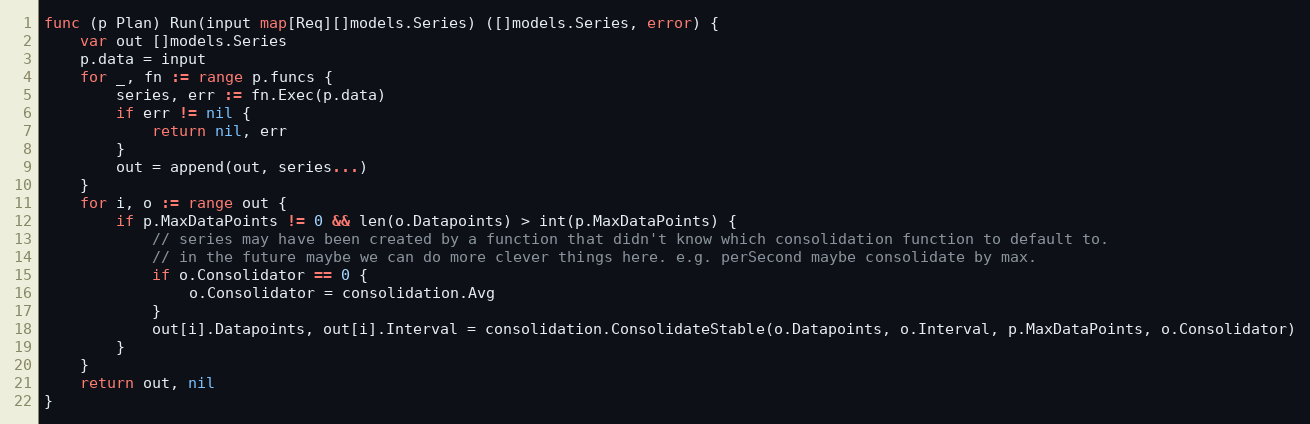
Language: Go
func (p Plan) Run(input map[Req][]models.Series) ([]models.Series, error) {
	var out []models.Series
	p.data = input
	for _, fn := range p.funcs {
		series, err := fn.Exec(p.data)
		if err != nil {
			return nil, err
		}
		out = append(out, series...)
	}
	for i, o := range out {
		if p.MaxDataPoints != 0 && len(o.Datapoints) > int(p.MaxDataPoints) {
			// series may have been created by a function that didn't know which consolidation function to default to.
			// in the future maybe we can do more clever things here. e.g. perSecond maybe consolidate by max.
			if o.Consolidator == 0 {
				o.Consolidator = consolidation.Avg
			}
			out[i].Datapoints, out[i].Interval = consolidation.ConsolidateStable(o.Datapoints, o.Interval, p.MaxDataPoints, o.Consolidator)
		}
	}
	return out, nil
}